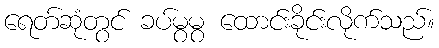
ရေတ်ဆုံတွင် ခပ်မွမွ ထောင်းခိုင်းလိုက်သည်။